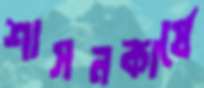
শাসনকার্যে